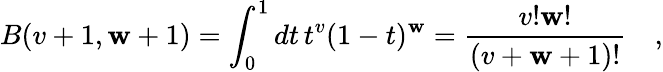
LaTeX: B(v+1,\mathbf{w}+1)=\int_{0}^{1}dt\, t^{v}(1-t)^{\mathbf{w}}={\frac{{v!\mathbf{w}!}}{{(v+\mathbf{w}+1)!}}}\quad,